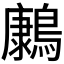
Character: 𮭔